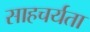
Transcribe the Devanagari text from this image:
साहचर्यता